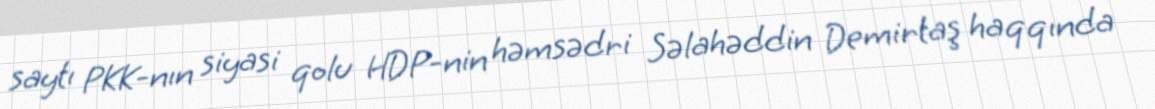
saytı PKK-nın siyasi qolu HDP-nin həmsədri Səlahəddin Demirtaş haqqında